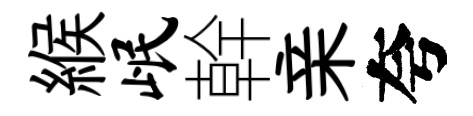
緱岷幹亲夸